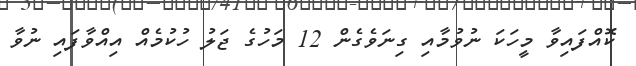
ކޮއްފައިވާ މީހަކަ ނުވުމާއި ގިނަވެގެން 12 މަހުގެ ޖަލު ހުކުމެއް އިއްވާފައި ނުވާ